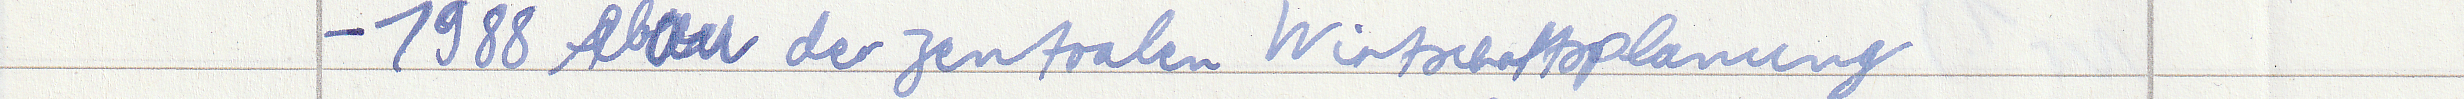
- 1988 Abbau der zentralen Wirtschaftsplanung